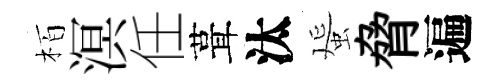
栢溟任葺汰蜑脅遍